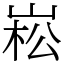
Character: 崧